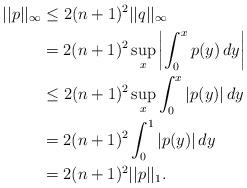
LaTeX: \begin{align*}||p||_\infty&\leq 2(n+1)^2||q||_\infty\\&=2(n+1)^2\sup_x \left|\int_0^x p(y)\,dy\right|\\&\leq 2(n+1)^2\sup_x \int_0^x |p(y)|\,dy\\&= 2(n+1)^2\int_0^1 |p(y)|\,dy\\&= 2(n+1)^2||p||_1.\\ \end{align*}